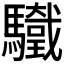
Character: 𩧀